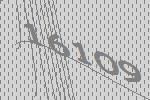
16109